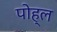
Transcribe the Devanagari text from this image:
पोह्ल